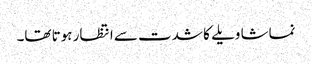
نماشا ویلے کا شدت سے انتظار ہوتا تھا۔